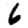
Digit: 6